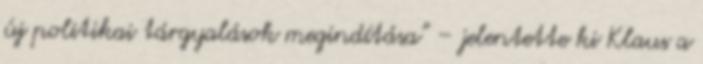
új politikai tárgyalások megindítása” – jelentette ki Klaus a